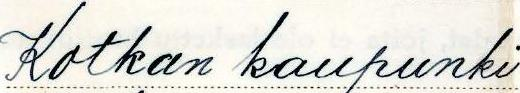
Kotkan kaupunki